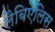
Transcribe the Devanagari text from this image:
लैबिऐलिस